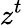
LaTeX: z^{t}